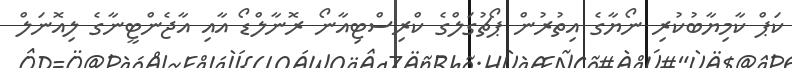
ކަޕް ކާމިޔާބުކުރި ނޯޔާގެ އިތުރުން ޕޯޗުގަލްގެ ކްރިސްޓިއާނޯ ރޮނާލްޑޯ އާއި އާޖެންޓީނާގެ ލިއޮނަލް